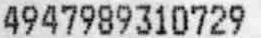
4947989310729